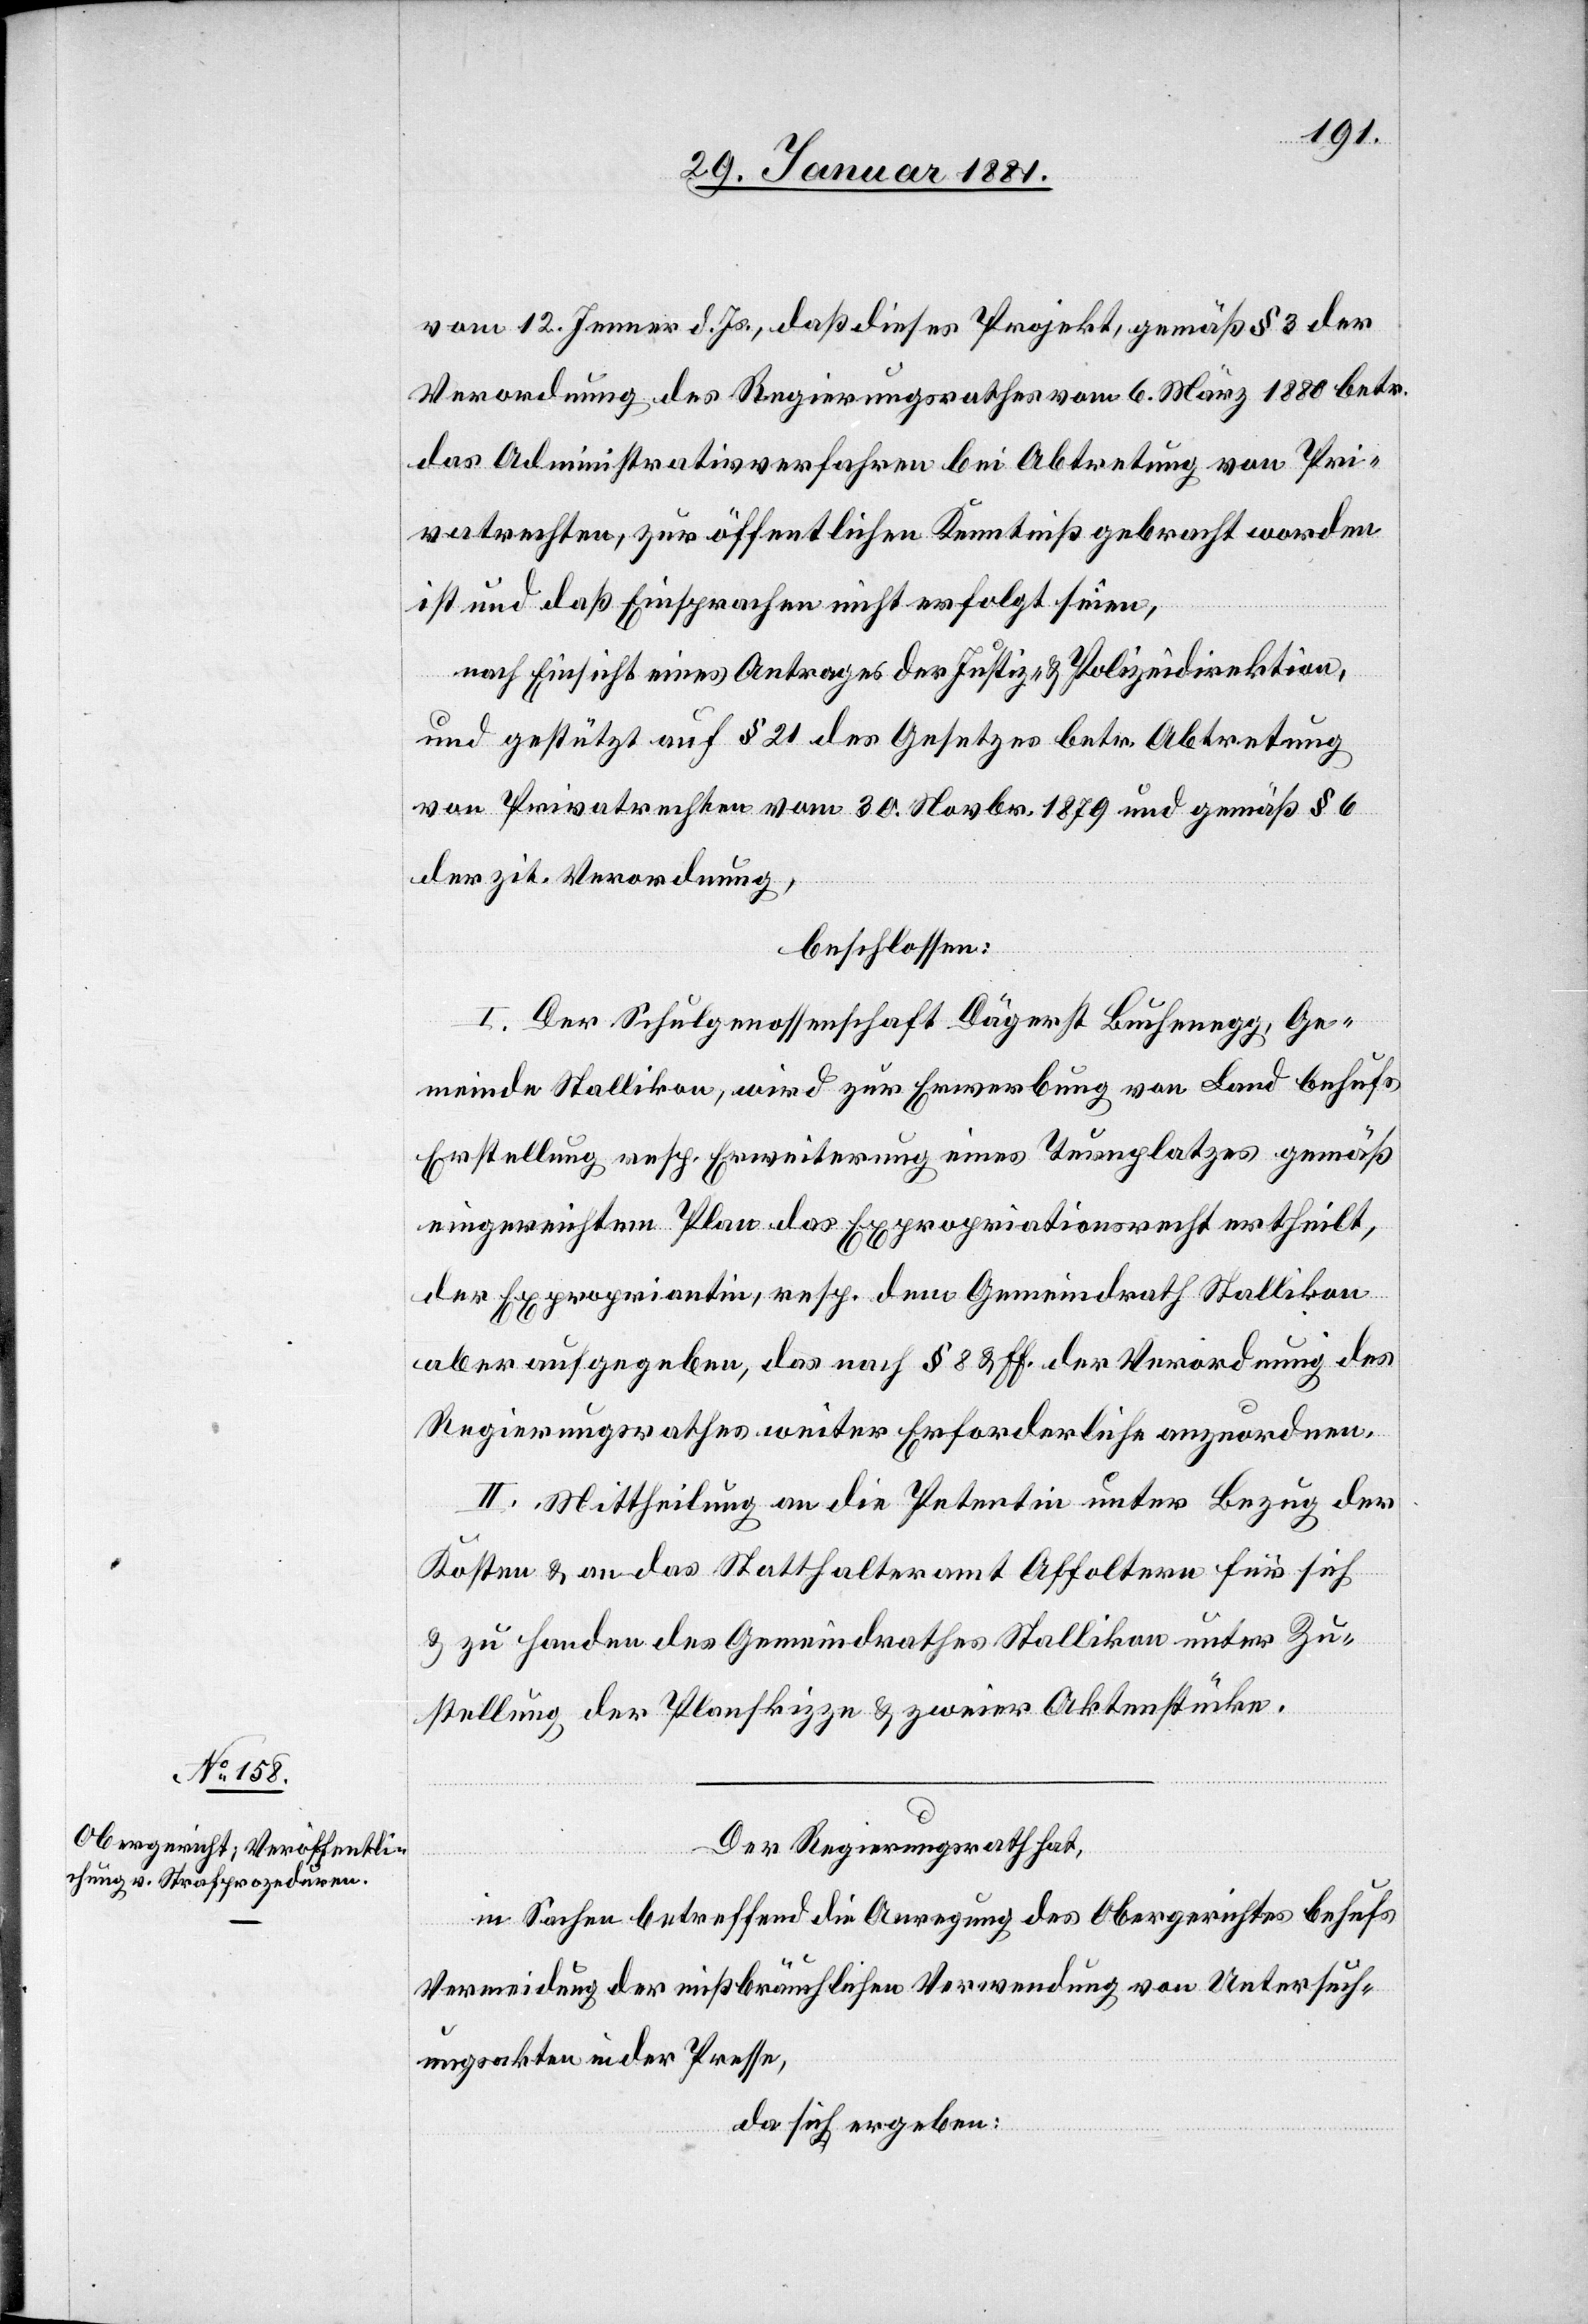
vom 12. Jenner d. Js., daß dieses Projekt, gemäß § 3 der
Verordnung des Regierungsrathes vom 6. März 1880 betr.
das Administrativverfahren bei Abtretung von Pri¬
vatrechten, zur öffentlichen Kenntniß gebracht worden
ist und daß Einsprachen nicht erfolgt seien,
nach Einsicht eines Antrages der Justiz- & Polizeidirektion,
und gestützt auf § 21 des Gesetzes betr. Abtretung
von Privatrechten vom 30. Novbr. 1879 und gemäß § 6
der zit. Verordnung,
beschlossen:
I. Der Schulgenossenschaft Dägerst[-]Buchenegg, Ge¬
meinde Stallikon, wird zur Erwerbung von Land behufs
Erstellung resp. Erweiterung eines Turnplatzes gemäß
eingereichtem Plan das Expropriationsrecht ertheilt,
der Expropriantin, resp. dem Gemeindrath Stallikon
aber aufzugeben, das nach § 8 & ff. der Verordnung des
Regierungsrathes weiter Erforderliche anzuordnen.
II. Mittheilung an die Petentin unter Bezug der
Kosten & an das Statthalteramt Affoltern für sich
& zu Handen des Gemeindrathes Stallikon unter Zu¬
stellung der Planskizzen & zweier Aktenstücke.
Der Regierungsrath hat,
in Sachen betreffend die Anregung des Obergerichtes behufs
Vermeidung der mißbräuchlichen Verwendung von Untersuch¬
ungsakten in der Presse,
da sich ergeben: